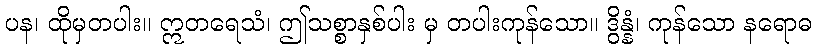
ပန၊ ထိုမှတပါး။ ဣတရေသံ၊ ဤသစ္စာနှစ်ပါး မှ တပါးကုန်သော။ ဒွိန္နံ၊ ကုန်သော နရောဓ